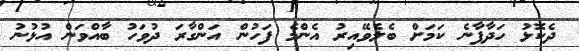
ދެކޮޅު ހަދާފާނެ ކަމަށް ބެލެވޭއިރު އެންމެ ފަހުން އަންގާރަ ދުވަހު ބާއްވަން އުޅުނު